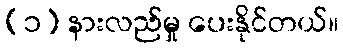
(၁) နားလည်မှု ပေးနိုင်တယ်။